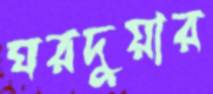
ঘরদুয়ার